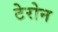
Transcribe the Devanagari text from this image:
टेरोन